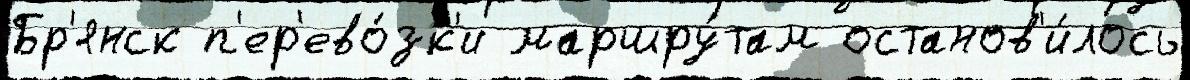
Бр'янск п'ер'ево́зк'и маршру́там останов'и́лось